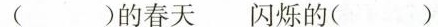
()的春天 闪烁的()